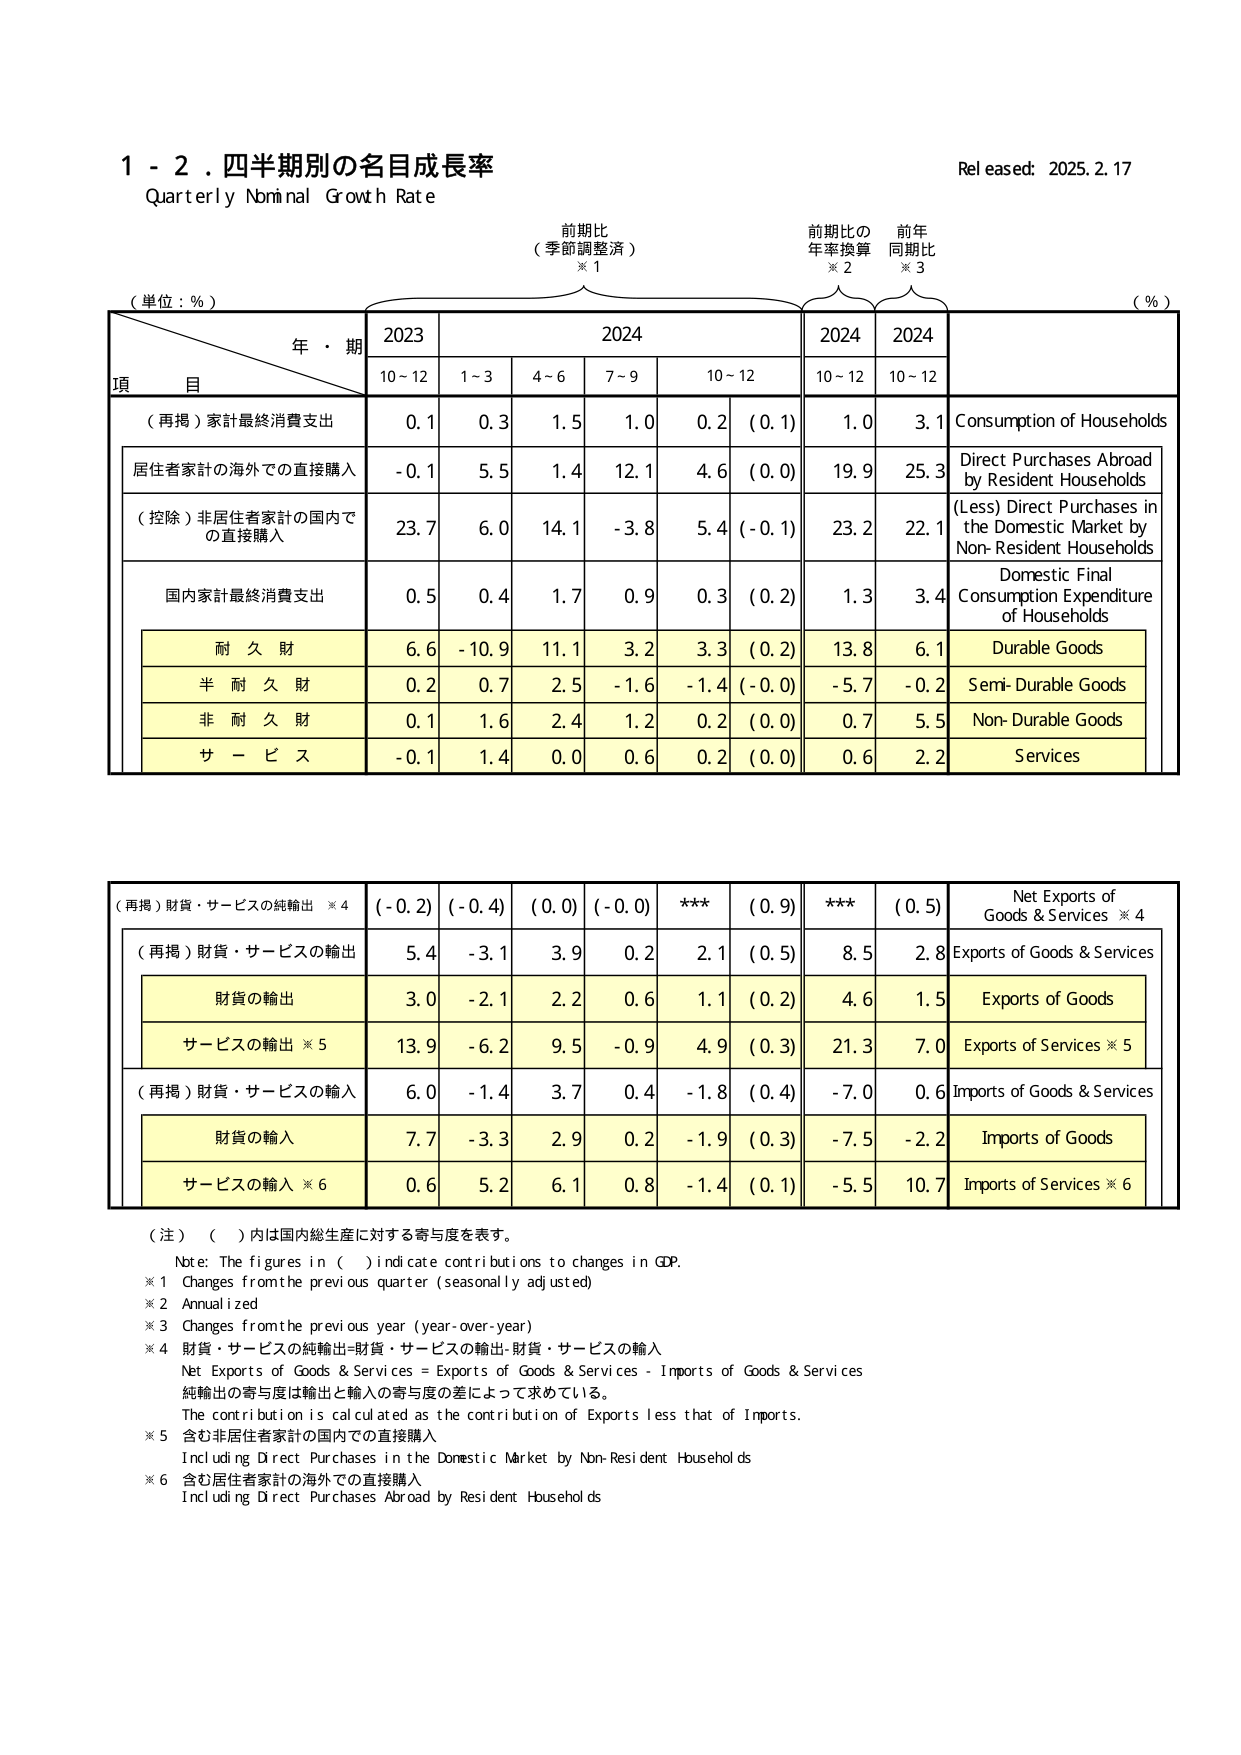
1 - 2. 四半期別の名目成長率
Quarterly Nominal Growth Rate
Released: 2025.2.17

（単位：%）
年・期
項 目
前期比
（季節調整済）
※1
前期比の
年率換算
※2
前年
同期比
※3
（%）

2023
2024
2024
2024

10～12
1～3
4～6
7～9
10～12
10～12
10～12

（再掲）家計最終消費支出
0.1
0.3
1.5
1.0
0.2
(0.1)
1.0
3.1
Consumption of Households

居住者家計の海外での直接購入
-0.1
5.5
1.4
12.1
4.6
(0.0)
19.9
25.3
Direct Purchases Abroad by Resident Households

（控除）非居住者家計の国内での直接購入
23.7
6.0
14.1
-3.8
5.4
(-0.1)
23.2
22.1
(Less) Direct Purchases in the Domestic Market by Non-Resident Households

国内家計最終消費支出
0.5
0.4
1.7
0.9
0.3
(0.2)
1.3
3.4
Domestic Final Consumption Expenditure of Households

耐久財
6.6
-10.9
11.1
3.2
3.3
(0.2)
13.8
6.1
Durable Goods

半耐久財
0.2
0.7
2.5
-1.6
-1.4
(-0.0)
-5.7
-0.2
Semi-Durable Goods

非耐久財
0.1
1.6
2.4
1.2
0.2
(0.0)
0.7
5.5
Non-Durable Goods

サービス
-0.1
1.4
0.0
0.6
0.2
(0.0)
0.6
2.2
Services

（再掲）財貨・サービスの純輸出 ※4
(-0.2)
(-0.4)
(0.0)
(-0.0)
***
(0.9)
***
(0.5)
Net Exports of Goods & Services ※4

（再掲）財貨・サービスの輸出
5.4
-3.1
3.9
0.2
2.1
(0.5)
8.5
2.8
Exports of Goods & Services

財貨の輸出
3.0
-2.1
2.2
0.6
1.1
(0.2)
4.6
1.5
Exports of Goods

サービスの輸出 ※5
13.9
-6.2
9.5
-0.9
4.9
(0.3)
21.3
7.0
Exports of Services ※5

（再掲）財貨・サービスの輸入
6.0
-1.4
3.7
0.4
-1.8
(0.4)
-7.0
0.6
Imports of Goods & Services

財貨の輸入
7.7
-3.3
2.9
0.2
-1.9
(0.3)
-7.5
-2.2
Imports of Goods

サービスの輸入 ※6
0.6
5.2
6.1
0.8
-1.4
(0.1)
-5.5
10.7
Imports of Services ※6

（注）（ ）内は国内総生産に対する寄与度を表す。
Note: The figures in ( ) indicate contributions to changes in GDP.
※1 Changes from the previous quarter (seasonally adjusted)
※2 Annualized
※3 Changes from the previous year (year-over-year)
※4 財貨・サービスの純輸出=財貨・サービスの輸出-財貨・サービスの輸入
Net Exports of Goods & Services = Exports of Goods & Services - Imports of Goods & Services
純輸出の寄与度は輸出と輸入の寄与度の差によって求めている。
The contribution is calculated as the contribution of Exports less that of Imports.
※5 含む非居住者家計の国内での直接購入
Including Direct Purchases in the Domestic Market by Non-Resident Households
※6 含む居住者家計の海外での直接購入
Including Direct Purchases Abroad by Resident Households